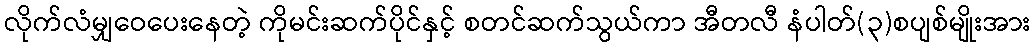
လိုက်လံမျှဝေပေးနေတဲ့ ကိုမင်းဆက်ပိုင်နှင့် စတင်ဆက်သွယ်ကာ အီတလီ နံပါတ်(၃)စပျစ်မျိုးအား